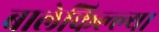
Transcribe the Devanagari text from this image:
बालेकिल्ल्या